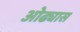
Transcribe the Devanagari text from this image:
ओढ्यास